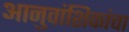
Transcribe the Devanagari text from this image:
आनुवांशिकांचा